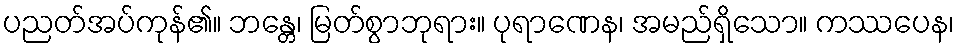
ပညတ်အပ်ကုန်၏။ ဘန္တေ၊ မြတ်စွာဘုရား။ ပုရာဏေန၊ အမည်ရှိသော။ ကဿပေန၊